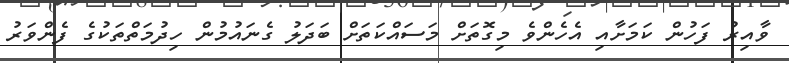
ވާއިރު ފަހުން ކަމަށާއި އެހެންވެ މިގޮތަށް މަސައްކަތަށް ބަދަލު ގެނައުމުން ހިދުމަތްތަކުގެ ފެންވަރު